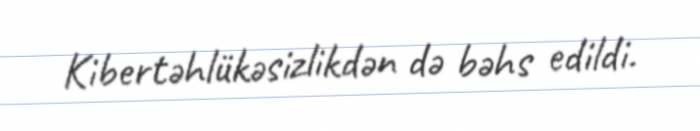
Kibertəhlükəsizlikdən də bəhs edildi.